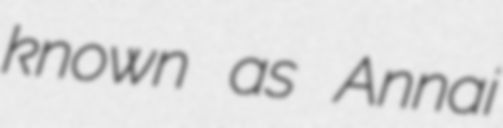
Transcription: known as Annai